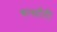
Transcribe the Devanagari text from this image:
बार्सांटी